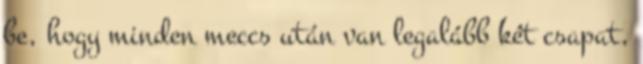
be, hogy minden meccs után van legalább két csapat,